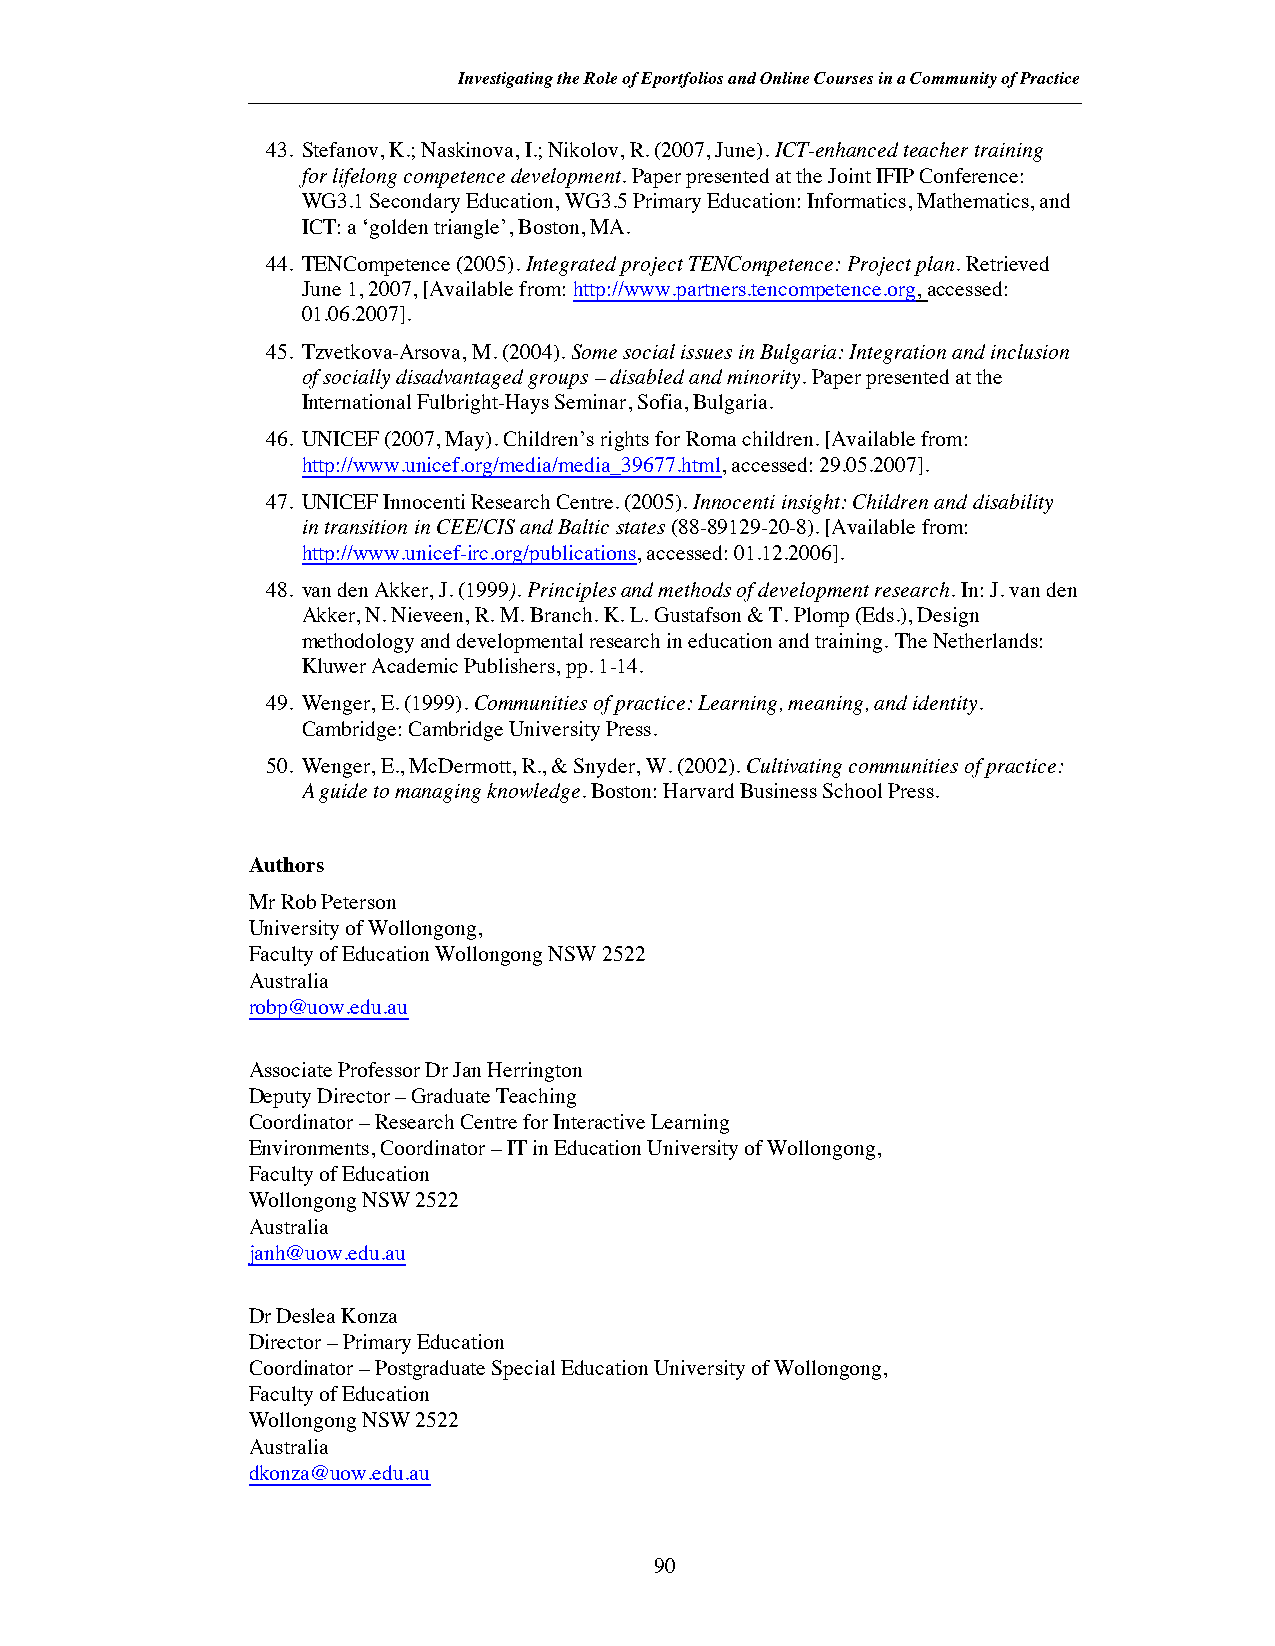
Investigating the Role of Eportfolios and Online Courses in a Community of Practice
 43. Stefanov, K.; Naskinova, I.; Nikolov, R. (2007, June).ICT-enhanced teacher training
 for lifelong competence development.Paper presented at the Joint IFIP Conference:
 WG3.1 Secondary Education, WG3.5 Primary Education: Informatics, Mathematics, and
 ICT: a ‘golden triangle’, Boston, MA.
 44. TENCompetence (2005).Integrated project TENCompetence: Project plan. Retrieved
 June 1, 2007, [Available from:http://www.partners.tencompetence.org,accessed:
 01.06.2007].
 45. Tzvetkova-Arsova, M. (2004).Some social issues in Bulgaria: Integration and inclusion
 of socially disadvantaged groups– disabled and minority.Paper presented at the
 International Fulbright-Hays Seminar, Sofia, Bulgaria.
 46. UNICEF (2007, May). Children’s rights for Roma children. [Available from:
 http://www.unicef.org/media/media_39677.html, accessed: 29.05.2007].
 47. UNICEF Innocenti Research Centre. (2005).Innocenti insight: Children and disability
 in transition in CEE/CIS and Baltic states(88-89129-20-8). [Available from:
 http://www.unicef-irc.org/publications, accessed: 01.12.2006].
 48. van den Akker, J. (1999).Principles and methods of development research.In: J. van den
 Akker, N. Nieveen, R. M. Branch.K. L. Gustafson & T. Plomp (Eds.), Design
 methodology and developmental research in education and training. The Netherlands:
 Kluwer Academic Publishers, pp. 1-14.
 49. Wenger, E. (1999).Communitiesof practice: Learning, meaning, and identity.
 Cambridge: Cambridge University Press.
 50. Wenger, E., McDermott, R., & Snyder, W. (2002).Cultivating communities of practice:
 A guide to managing knowledge. Boston: Harvard Business School Press.
 Authors
 Mr Rob Peterson
 University of Wollongong,
 Faculty of Education Wollongong NSW 2522
 Australia
 robp@uow.edu.au
 Associate Professor Dr Jan Herrington
 Deputy Director– Graduate Teaching
 Coordinator– Research Centre for Interactive Learning
 Environments, Coordinator– IT in Education University of Wollongong,
 Faculty of Education
 Wollongong NSW 2522
 Australia
 janh@uow.edu.au
 Dr Deslea Konza
 Director– Primary Education
 Coordinator– Postgraduate Special Education University of Wollongong,
 Faculty of Education
 Wollongong NSW 2522
 Australia
 dkonza@uow.edu.au
 90